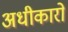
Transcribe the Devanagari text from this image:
अधीकारो